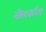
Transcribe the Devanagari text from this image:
नीलकाँटा